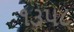
૧૩૫૮